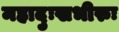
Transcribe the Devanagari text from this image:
महादुःखभीरुः